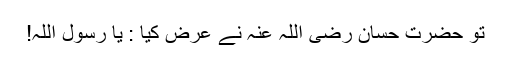
تو حضرت حسان رضی اللہ عنہ نے عرض کیا : یا رسول اللہ!